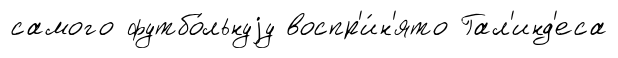
самого футбо́льнуjу воспр'и́н'ято Гал'инд'еса